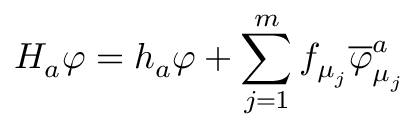
H _ { a } \varphi = h _ { a } \varphi + \sum _ { j = 1 } ^ { m } f _ { \mu _ { j } } \overline { { { \varphi } } } _ { \mu _ { j } } ^ { a }